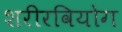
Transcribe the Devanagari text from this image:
शरीरवियोग